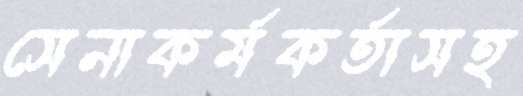
সেনাকর্মকর্তাসহ